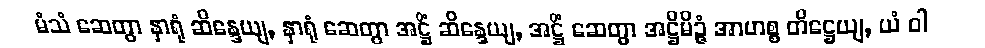
မံသံ ဆေတွာ နှာရုံ ဆိန္ဒေယျ, နှာရုံ ဆေတွာ အဋ္ဌိံ ဆိန္ဒေယျ, အဋ္ဌိံ ဆေတွာ အဋ္ဌိမိဉ္ဇံ အာဟစ္စ တိဋ္ဌေယျ, ယံ ဝါ